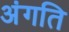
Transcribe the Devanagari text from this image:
अंगति